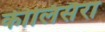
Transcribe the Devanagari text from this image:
कीलिसैरा